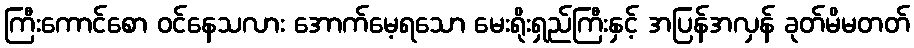
ကြီးကောင်စော ဝင်နေသလား အောက်မေ့ရသော မေးရိုးရှည်ကြီးနှင့် အပြန်အလှန် ခုတ်မိမတတ်